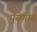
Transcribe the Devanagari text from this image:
पुसेगांव